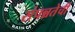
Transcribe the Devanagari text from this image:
संपन्नतेची